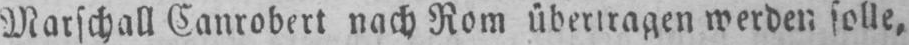
Marschall Canrobert nach Rom übertragen werden solle,